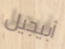
أبيجيل